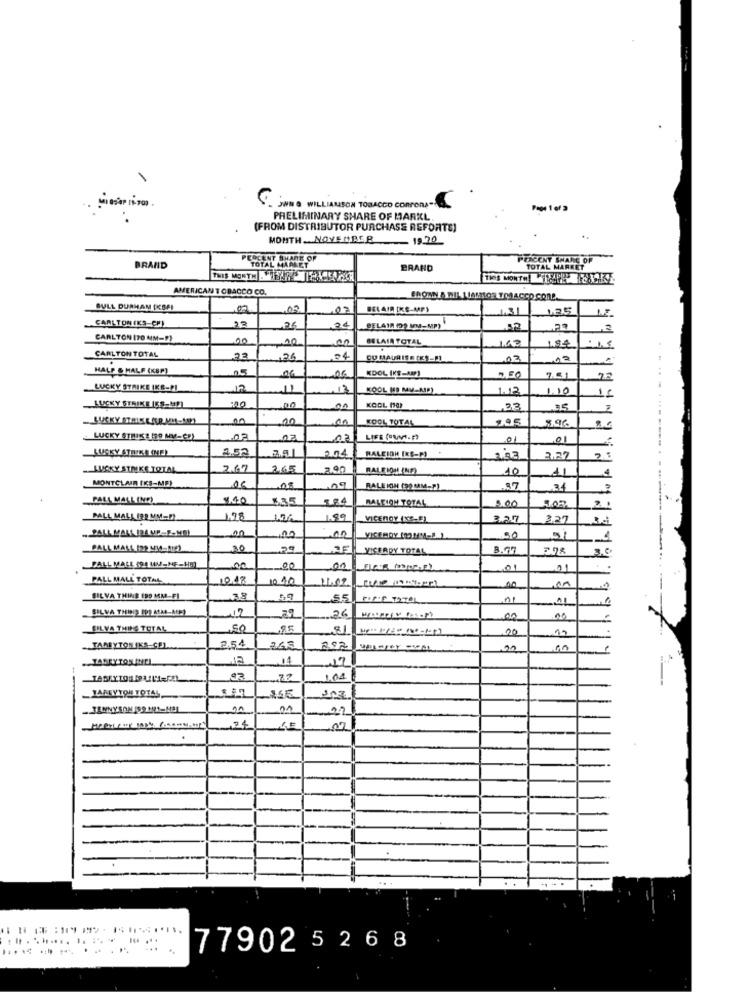
C. SWING WILLIAMSON TOBACCO CORPORA-
PRELIMINARY SHARE OF MARKL
(FROM DISTRIBUTOR PURCHASE REFORTE)
MONTH .NOVEMBER
PERCENT SHARK OF
TOTAL MARKET
PERCENT SHARE OF
BRAND
BRAND
TOTAL MARKET
THIS MONTH ISAWEEK
AMERICAN TOBACCO CO.
BULL DURHAM IKBAL
,03
07
BELAIR [KE-MP)
1.31
CARLTON (KS-CH)
23
,26
BELAYA (99 MM-MP)
CARLTON 170 MM-F)
00
BELAIR TOTAL
100
CARLTON TOTAL
22
26
04
,03
HALP & HALF (KBP)
06
KDOL IKE-AMP)
7.61
LUCKY STRIKE IKB-PI
11
KOOL (19 MV-AND)
1.12
1.00
:00
15
LUCKY STRIKE (58-199)
00
COOL MO)
23
35
,00
KOOL TOTAL
LUCKY STRIKE (50 MM-CE)
.03
01
LUCKY STRIKE (ME)
2.52
204
RALEIGH [KS-P)
3.22
LUCKY STRIKE TOTAL
2.67
265
2.90
RALFION (NE)
10
11
MONTCLAIR [KS-MEY
RALEIGH (90 MM-P)
37
34
PALL MALL (NE)
1.40
535
DALCION TOTAL
5.00
2 1
PALL MALL 192 MM -!!
1.98
1.89
VICEROY (KS-E)
3.27
3.27
... PALL MALL IDA MP-E-MM)
00
50
01
PALL MALL 129 MI4-ME2
30
VISERDY TOTAL
B.77
P
PALL MALL (91 MM-ME-HE)
00
00
01
PALL MALL TOTAL
1040
1.02
00
SILVA THING ERD MM-FI
38
55
01
12
26
00
BILYA THING TOTAL
85
20
TARBYTON IKS-CEL
2.54
265
.. TABRY TON INTI
17
271
TABEY TOUMP LILA-FEL
1.04
JAREYTON TOTAL
JENNYSOM 89 M21-MEL
90
21
,24
07
-
........ .. ... . ..
77902 5 2 6 8